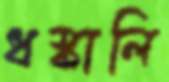
ধস্‌কালি